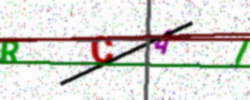
Text: RCAI